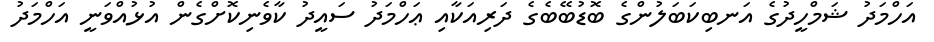
އަހްމަދު ޝަމްހީދުގެ އަނބިކަބަލުންގެ ބޮޑުބޭބެގެ ދަރިއަކާއި ޢަހްމަދު ސައީދު ކާވެނިކޮށްގެން އުޅުއްވަނީ އަހްމަދު